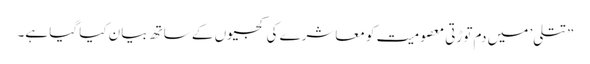
”تتلی’ میں دم توڑتی معصومیت کو معاشرے کی کجیوں کے ساتھ بیان کیا گیا ہے۔